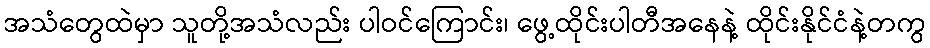
အသံတွေထဲမှာ သူတို့အသံလည်း ပါဝင်ကြောင်း၊ ဖွေ့ထိုင်းပါတီအနေနဲ့ ထိုင်းနိုင်ငံနဲ့တကွ